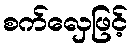
စက်လှေဖြင့်